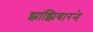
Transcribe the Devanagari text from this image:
झांझिबारने